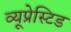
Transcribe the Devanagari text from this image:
व्यूप्रेस्टिड